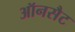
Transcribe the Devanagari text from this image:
ऑनसैट